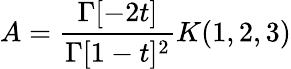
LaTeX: A=\frac{\Gamma[-2t]}{\Gamma[1-t]^{2}}K(1,2,3)